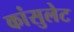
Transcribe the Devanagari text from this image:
कांसुलेट